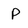
Character: P